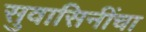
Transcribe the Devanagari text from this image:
सुवासिनींचा